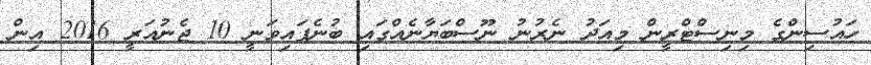
ހައުސިންގެ މިނިސްޓްރީން މިއަދު ނެރުނު ނޫސްބަޔާނެއްގައި ބުނެފައިވަނީ 10 ޖެނުއަރީ 2016 އިން